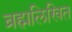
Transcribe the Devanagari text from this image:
ब्रह्मलिखित